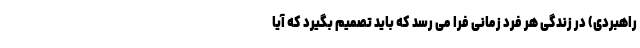
راهبردی) در زندگی هر فرد زمانی فرا می رسد که باید تصمیم بگیرد که آیا